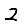
Digit: 2